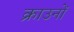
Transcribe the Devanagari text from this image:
क्राउनों